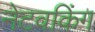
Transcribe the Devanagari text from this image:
नेटवकिंग